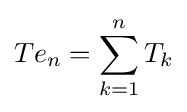
Te_{n}=\sum _{k=1}^{n}T_{k}